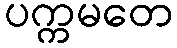
ပက္ကမတေ